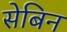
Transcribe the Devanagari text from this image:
सेबिन